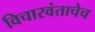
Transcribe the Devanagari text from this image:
विचारवंताचेच